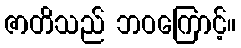
ဇာတိသည် ဘဝကြောင့်။